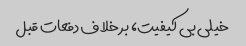
خیلی بی کیفیت، بر خلاف دفعات قبل